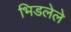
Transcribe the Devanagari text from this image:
भिडलेले